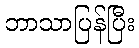
ဘာသာပြန်ပြီး